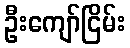
ဦးကျော်ငြိမ်း